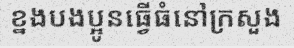
ខ្នងបងប្អូនធ្វើធំនៅក្រសួង